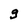
Character: g